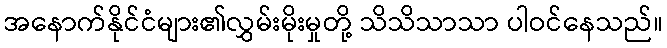
အနောက်နိုင်ငံများ၏လွှမ်းမိုးမှုတို့ သိသိသာသာ ပါဝင်နေသည်။